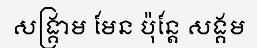
សង្គ្រាម មែន ប៉ុន្តែ សង្គម